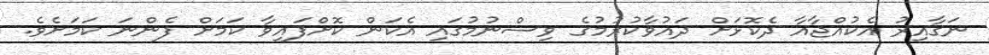
ނަގާއިރު އެކުއްޖާއާ ދެކޮޅަށް ދައުވާކުރުމުގެ ވިސްނުމުގައި އެކަން ކޮށްފައިވާ ކަމަށް ފެންނަ ކަމަށެވެ.